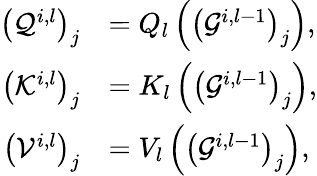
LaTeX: \begin{array}{rl}{\left(\mathcal{Q}^{i,l}\right)_{j}}&{=Q_{l}\left(\left(\mathcal{G}^{i,l-1}\right)_{j}\right),}\\ {\left(\mathcal{K}^{i,l}\right)_{j}}&{=K_{l}\left(\left(\mathcal{G}^{i,l-1}\right)_{j}\right),}\\ {\left(\mathcal{V}^{i,l}\right)_{j}}&{=V_{l}\left(\left(\mathcal{G}^{i,l-1}\right)_{j}\right),}\end{array}